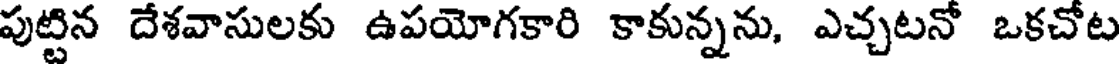
పుట్టిన దేశవాసులకు ఉపయోగకారి కాకున్నను, ఎచ్చటనో ఒకచోట